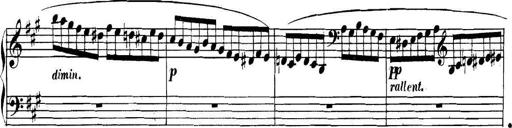
Title: Collected Piano Sonatas
Composer: Muzio Clementi